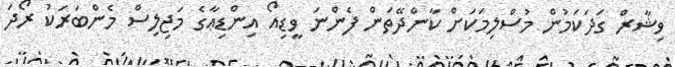
ވިޝާރް ގަދަކަމުން މުސްލިމަކަށް ކާންދޭތަން ފެންނަ ވީޑިއޯ އިންޑިޢާގެ މަޖިލިސް މެންބަރަކު ރޯދަ